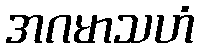
အဂမာသဟံ